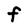
Character: F